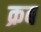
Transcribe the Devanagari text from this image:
क्रब